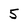
Character: 5